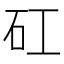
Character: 矼